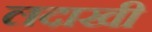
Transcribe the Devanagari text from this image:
लदाखी